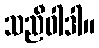
သညီဝါဒါ။